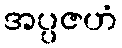
အပ္ပဇဟံ